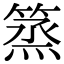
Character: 篜